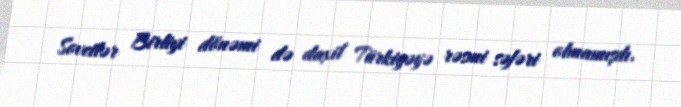
Sovetlər Birliyi dönəmi də daxil Türkiyəyə rəsmi səfəri olmamışdı.